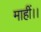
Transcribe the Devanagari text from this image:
माहीं।।